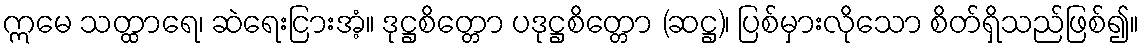
ဣမေ သတ္ထာရေ၊ ဆဲရေးငြားအံ့။ ဒုဋ္ဌစိတ္တော ပဒုဋ္ဌစိတ္တော (ဆဋ္ဌ)၊ ပြစ်မှားလိုသော စိတ်ရှိသည်ဖြစ်၍။